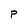
Character: P